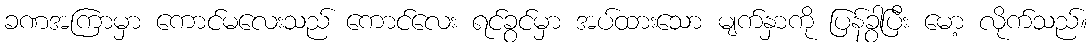
ခဏအကြာမှာ ကောင်မလေးသည် ကောင်လေး ရင်ခွင်မှာ အပ်ထားသော မျက်နှာကို ပြန်ခွာပြီး မော့ လိုက်သည်။